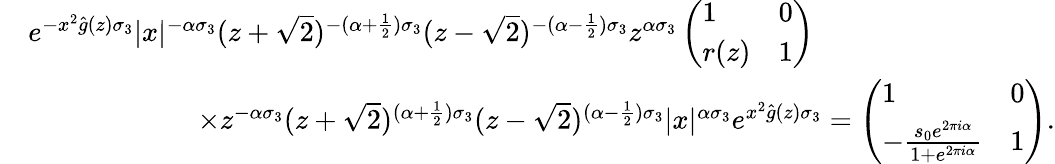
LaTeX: \begin{array}{rl}&{e^{-x^{2}\widehat{g}(z)\sigma_{3}}|x|^{-\alpha\sigma_{3}}(z+\sqrt{2})^{-(\alpha+\frac{1}{2})\sigma_{3}}(z-\sqrt{2})^{-(\alpha-\frac{1}{2})\sigma_{3}}z^{\alpha\sigma_{3}}\left(\begin{array}{ll}{1}&{0}\\ {r(z)}&{1}\end{array}\right)}\\ &{\qquad\qquad\qquad\times z^{-\alpha\sigma_{3}}(z+\sqrt{2})^{(\alpha+\frac{1}{2})\sigma_{3}}(z-\sqrt{2})^{(\alpha-\frac{1}{2})\sigma_{3}}|x|^{\alpha\sigma_{3}}e^{x^{2}\widehat{g}(z)\sigma_{3}}=\left(\begin{array}{ll}{1}&{0}\\ {-\frac{s_{0}e^{2\pi i\alpha}}{1+e^{2\pi i\alpha}}}&{1}\end{array}\right).}\end{array}